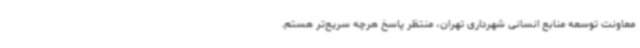
معاونت توسعه منابع انسانی شهرداری تهران، منتظر پاسخ هرچه سریع‌تر هستم.